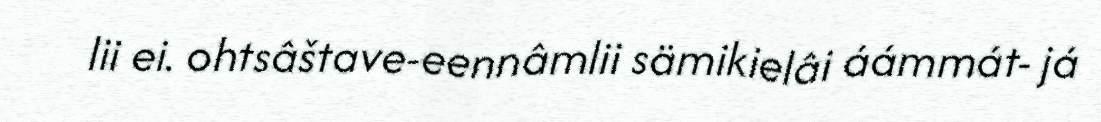
lii ei. ohtsâštave-eennâmlii sämikielâi áámmát- já